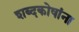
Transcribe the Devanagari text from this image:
शब्दकोषांना